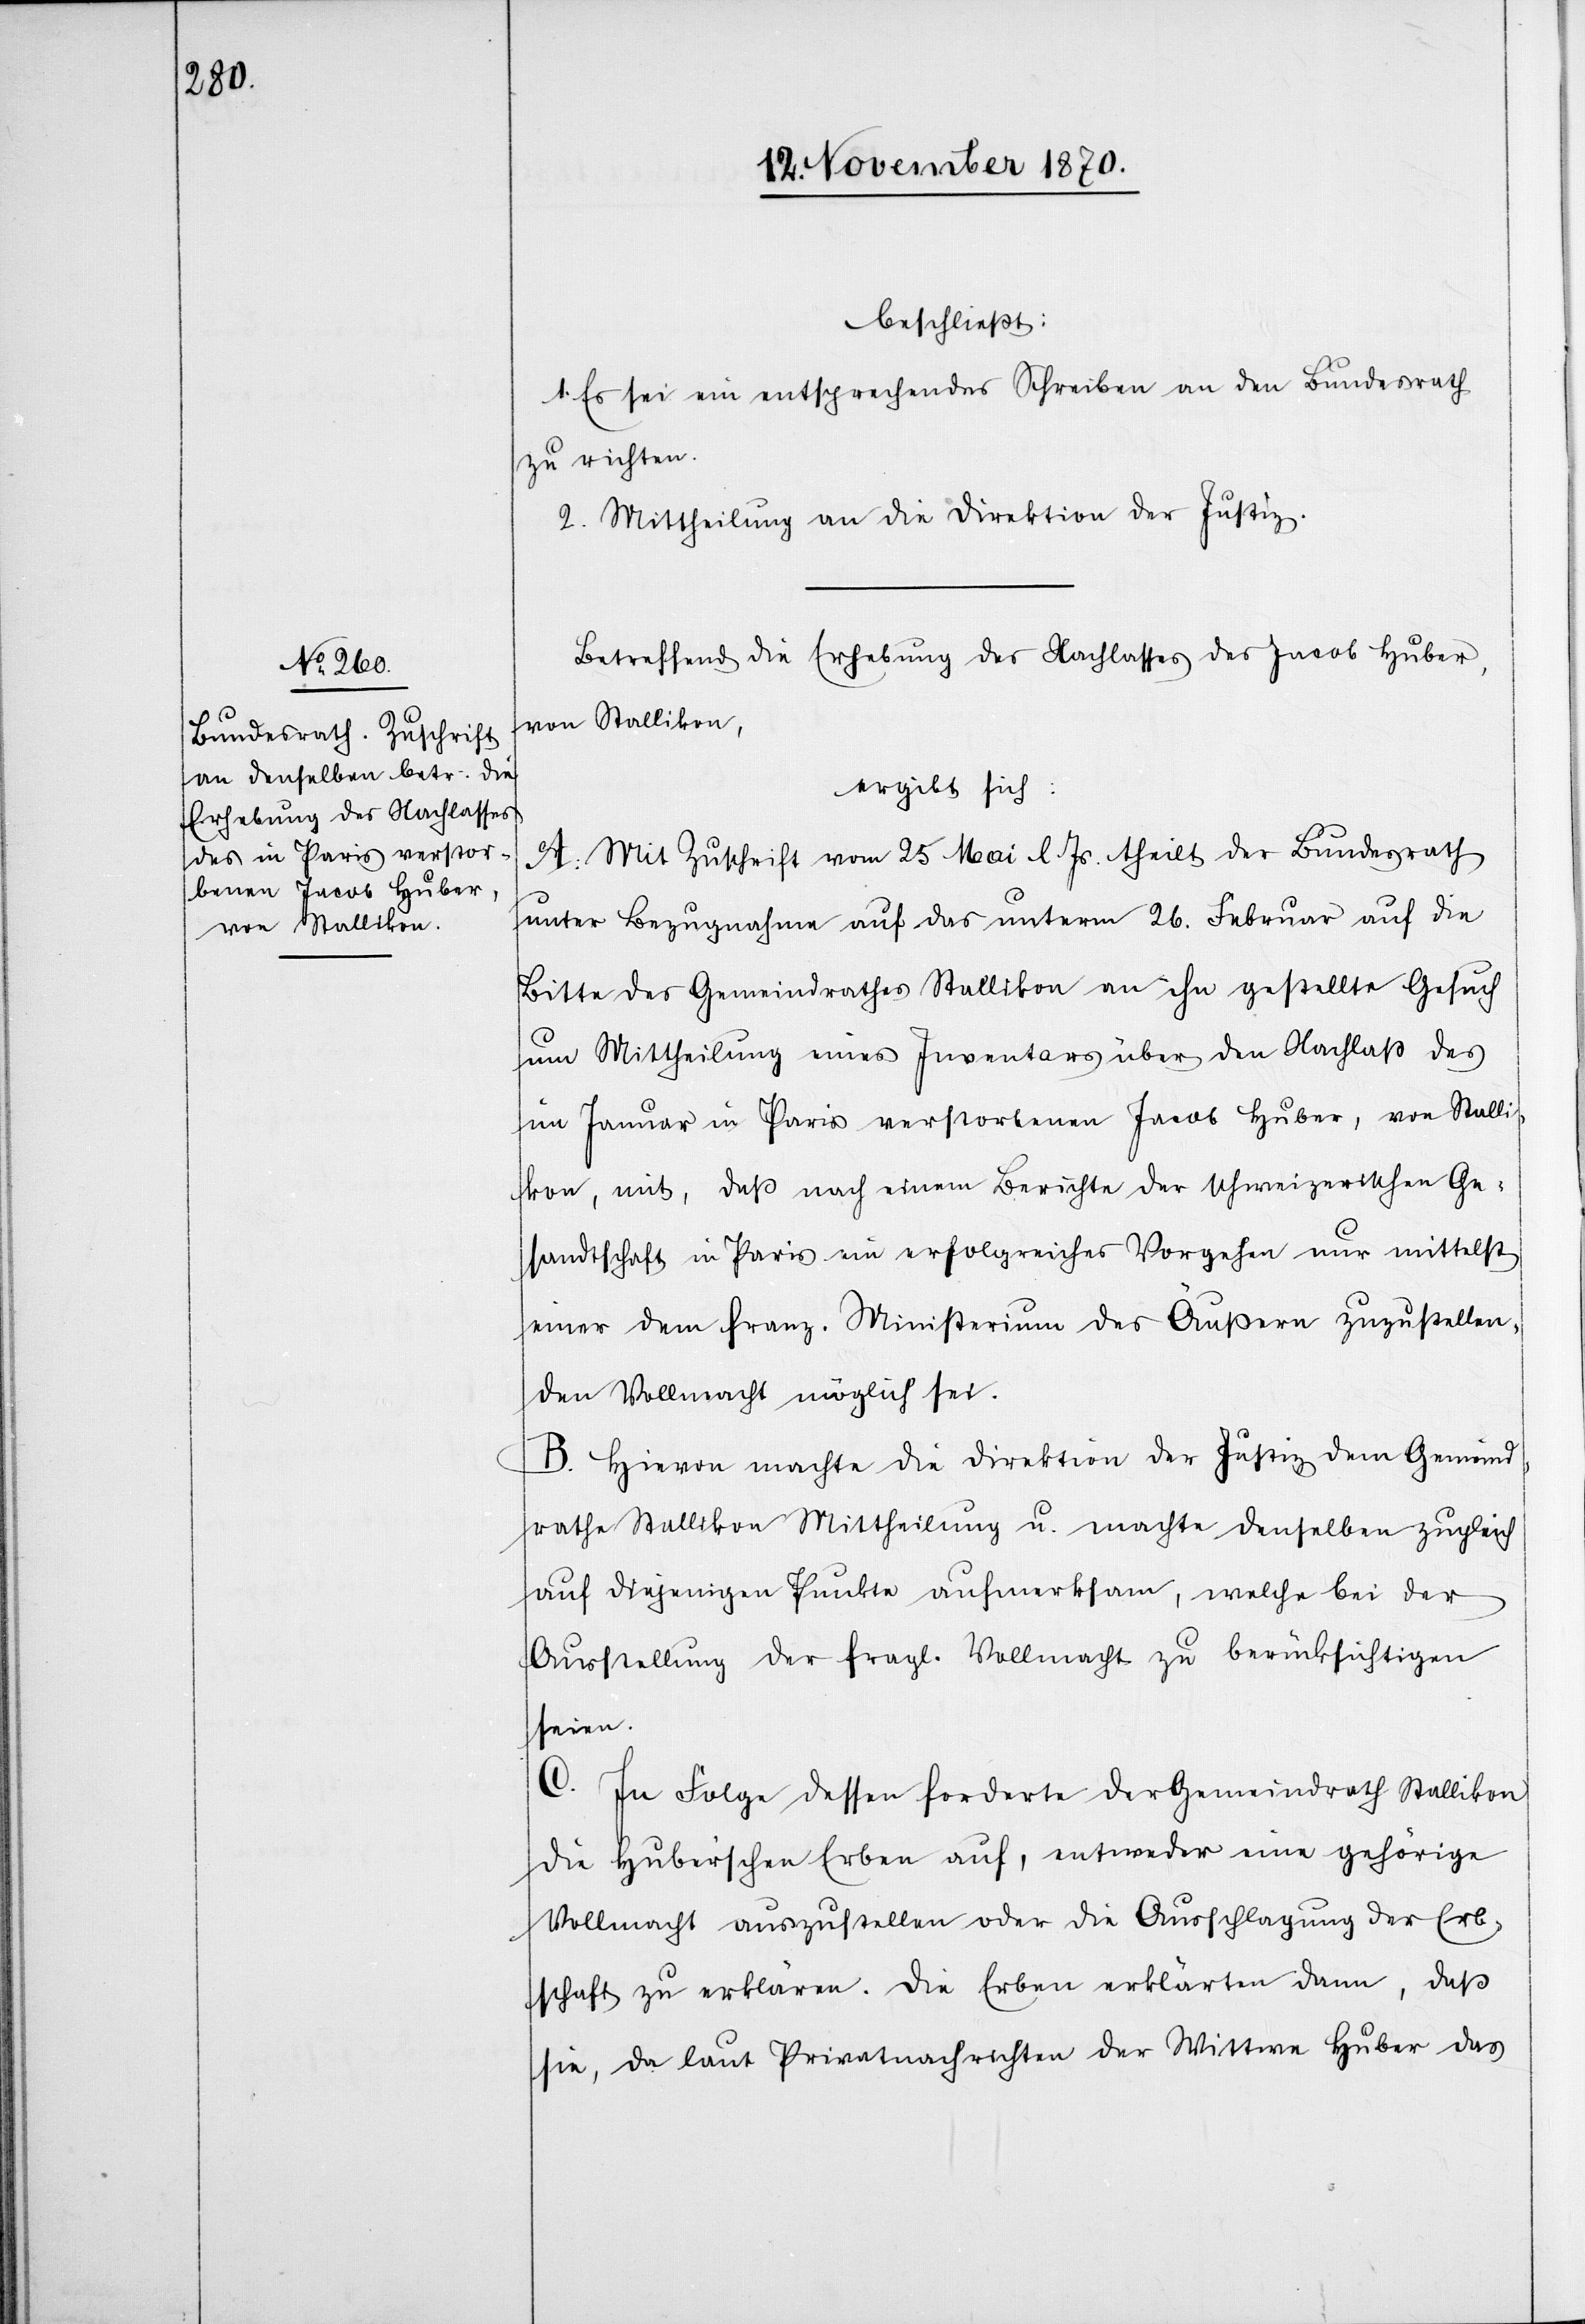
beschließt:
1. Es sei ein entsprechendes Schreiben an den Bundesrath
zu richten.
2. Mittheilung an die Direktion der Justiz.
Betreffend die Erhebung des Nachlasses des Jacob Huber,
von Stallikon,
ergibt sich:
A. Mit Zuschrift vom 25. Mai l. Js. theilt der Bundesrath
unter Bezugnahme auf das unterm 26. Februar auf die
Bitte des Gemeindrathes Stallikon an ihn gestellte Gesuch
um Mittheilung eines Inventars über den Nachlaß des
im Januar in Paris verstorbenen Jacob Huber, von Stalli¬
kon, mit, daß nach einem Berichte der schweizerischen Ge¬
sandtschaft in Paris ein erfolgreiches Vorgehen nur mittelst
einer dem franz. Ministerium des Äußern zuzustellen¬
den Vollmacht möglich sei.
B. Hievon machte die Direktion der Justiz dem Gemeind¬
rathe Stallikon Mittheilung u. machte denselben zugleich
auf diejenigen Punkte aufmerksam, welche bei der
Ausstellung der fragl. Vollmacht zu berücksichtigen
seien.
C.
In Folge dessen forderte der Gemeindrath Stallikon
die Huber’schen Erben auf, entweder eine gehörige
Vollmacht auszustellen oder die Ausschlagung der Erb¬
schaft zu erklären. Die Erben erklärten dann, daß
sie, da laut Privatnachrichten der Wittwe Huber das